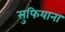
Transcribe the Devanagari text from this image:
सुफियाना